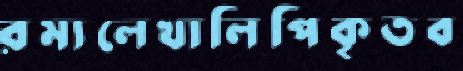
রম্যলেখালিপিকৃতব